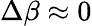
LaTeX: \Delta\beta\approx 0